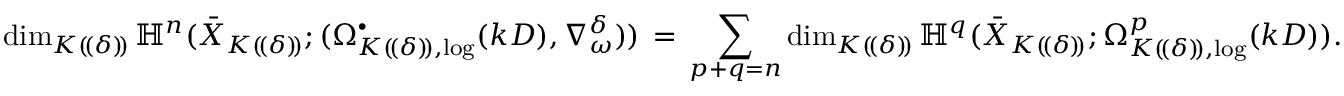
\dim _ { K ( \! ( \delta ) \! ) } \mathbb { H } ^ { n } ( \bar { X } _ { K ( \! ( \delta ) \! ) } ; ( \Omega _ { K ( \! ( \delta ) \! ) , \log } ^ { \bullet } ( k D ) , \nabla _ { \omega } ^ { \delta } ) ) \, = \, \sum _ { p + q = n } \dim _ { K ( \! ( \delta ) \! ) } \mathbb { H } ^ { q } ( \bar { X } _ { K ( \! ( \delta ) \! ) } ; \Omega _ { K ( \! ( \delta ) \! ) , \log } ^ { p } ( k D ) ) .